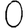
Digit: 0